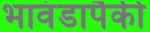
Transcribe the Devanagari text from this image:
भावंडापैकी